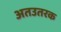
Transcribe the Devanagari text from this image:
अतउतरक